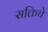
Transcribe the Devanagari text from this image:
सक्तिचे